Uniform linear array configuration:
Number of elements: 32
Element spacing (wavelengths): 0.75
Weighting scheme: cosine
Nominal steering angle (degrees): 45
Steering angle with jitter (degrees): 43.796
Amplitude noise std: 0.05
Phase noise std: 0.05

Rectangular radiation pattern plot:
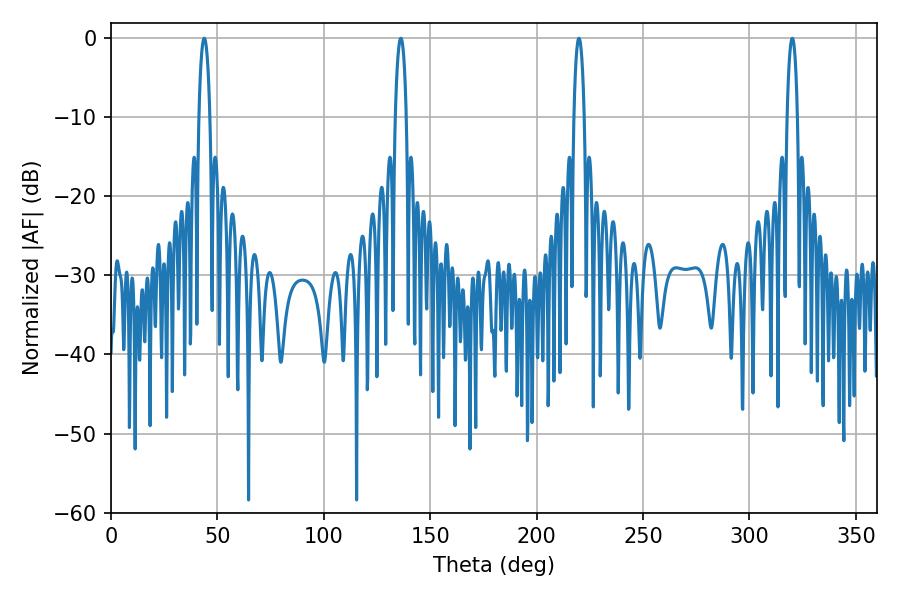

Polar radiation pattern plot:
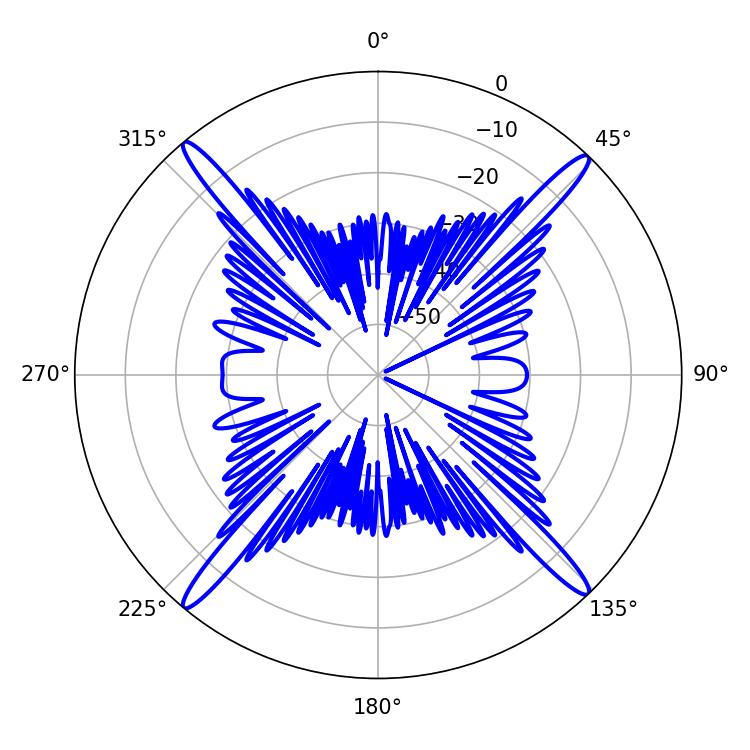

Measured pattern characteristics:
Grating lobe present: TRUE
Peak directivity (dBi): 23.013
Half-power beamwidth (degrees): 3.06
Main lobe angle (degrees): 43.74